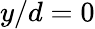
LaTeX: y/d=0